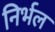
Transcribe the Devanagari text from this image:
निर्भल